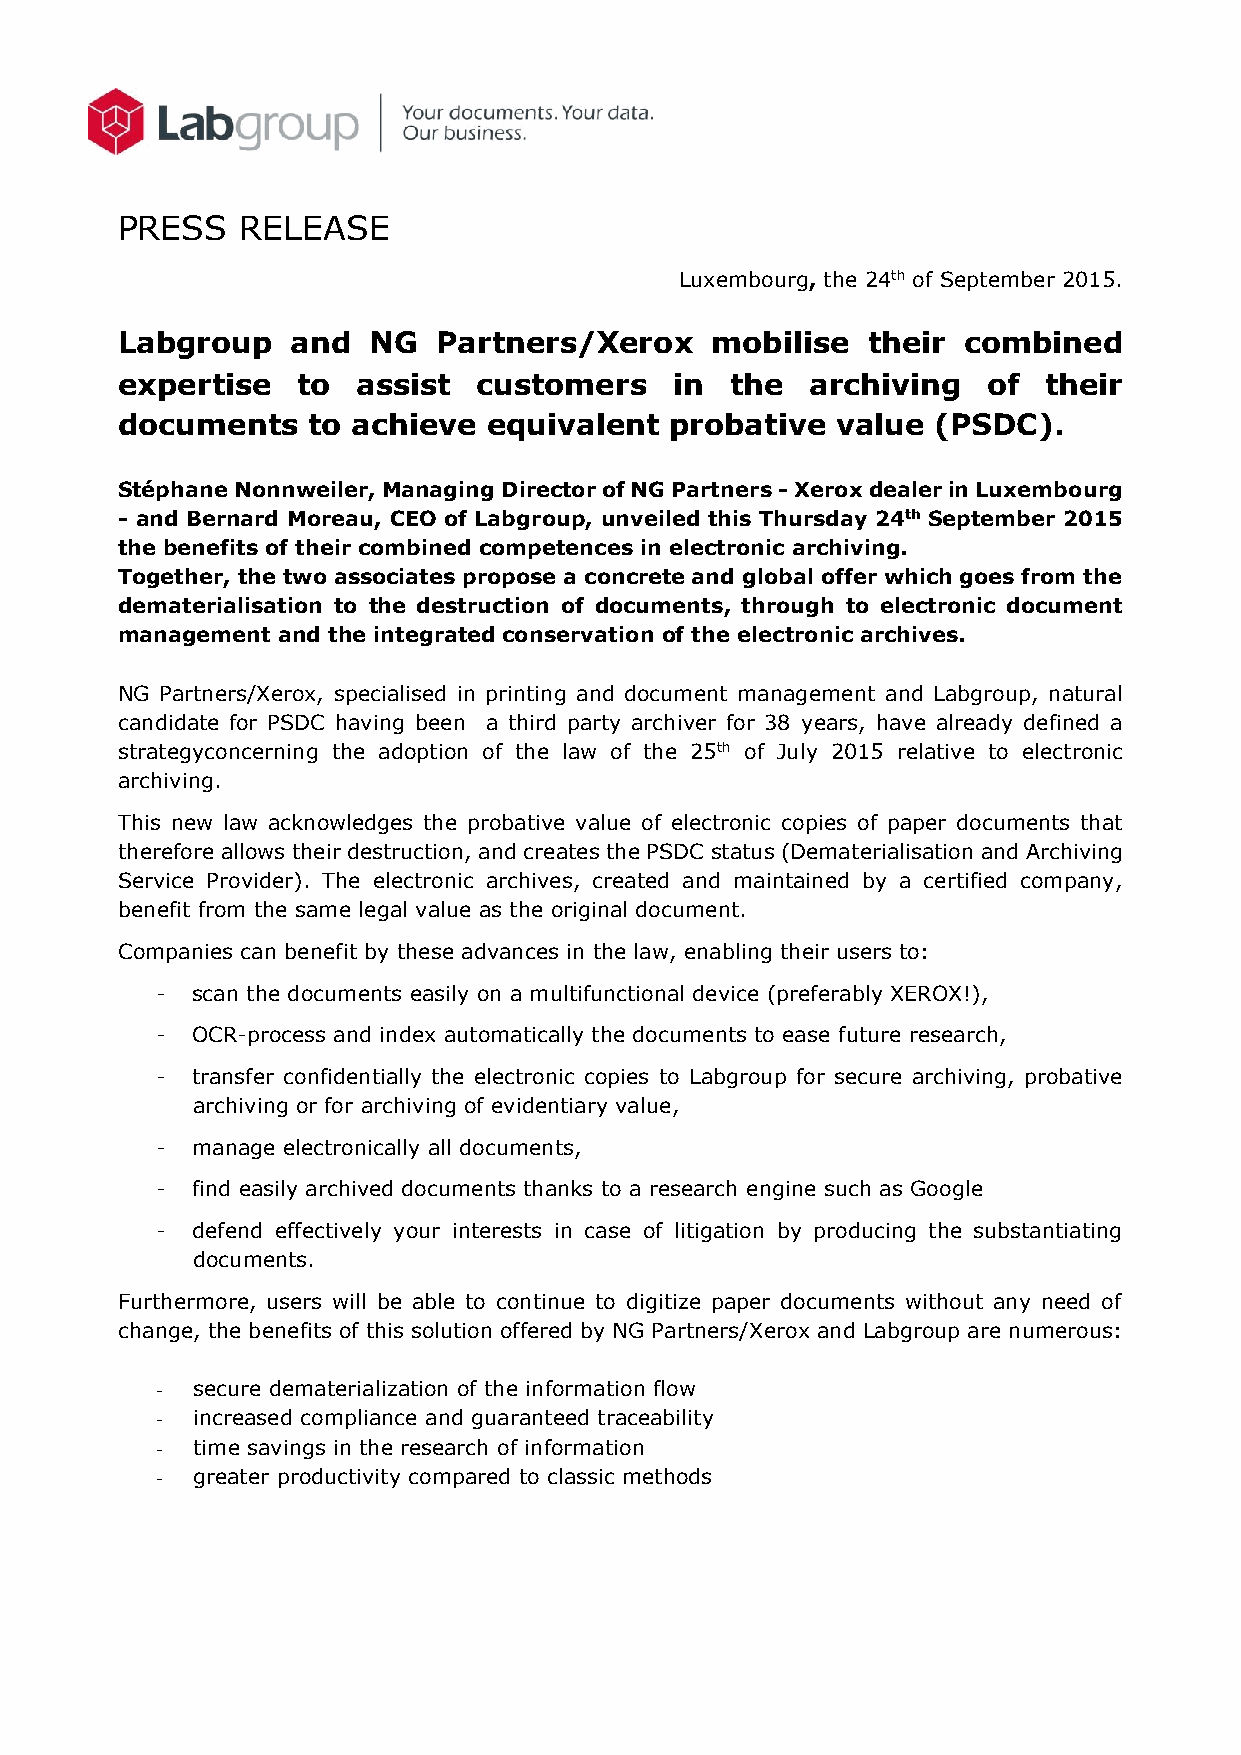
PRESS   RELEASE
 Luxembourg, the 24th of September 2015.
 Labgroup   and  NG   Partners/Xerox    mobilise  their  combined
 expertise   to  assist  customers    in the   archiving  of  their
 documents   to achieve  equivalent  probative  value  (PSDC).
 Stéphane Nonnweiler, Managing Director of NG Partners - Xerox dealer in Luxembourg
 - and Bernard Moreau, CEO of Labgroup, unveiled this Thursday 24th September 2015
 the benefits of their combined competences in electronic archiving.
 Together, the two associates propose a concrete and global offer which goes from the
 dematerialisation to the destruction of documents, through to electronic document
 management and the integrated conservation of the electronic archives.
 NG Partners/Xerox, specialised in printing and document management and Labgroup, natural
 candidate for PSDC having been a third party archiver for 38 years, have already defined a
 strategyconcerning the adoption of the law of the 25th of July 2015 relative to electronic
 archiving.
 This new law acknowledges the probative value of electronic copies of paper documents that
 therefore allows their destruction, and creates the PSDC status (Dematerialisation and Archiving
 Service Provider). The electronic archives, created and maintained by a certified company,
 benefit from the same legal value as the original document.
 Companies can benefit by these advances in the law, enabling their users to:
 -  scan the documents easily on a multifunctional device (preferably XEROX!),
 -  OCR-process and index automatically the documents to ease future research,
 -  transfer confidentially the electronic copies to Labgroup for secure archiving, probative
 archiving or for archiving of evidentiary value,
 -  manage electronically all documents,
 -  find easily archived documents thanks to a research engine such as Google
 -  defend effectively your interests in case of litigation by producing the substantiating
 documents.
 Furthermore, users will be able to continue to digitize paper documents without any need of
 change, the benefits of this solution offered by NG Partners/Xerox and Labgroup are numerous:
 -  secure dematerialization of the information flow
 -  increased compliance and guaranteed traceability
 -  time savings in the research of information
 -  greater productivity compared to classic methods